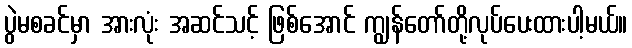
ပွဲမစခင်မှာ အားလုံး အဆင်သင့် ဖြစ်အောင် ကျွန်တော်တို့လုပ်ပေးထားပါ့မယ်။